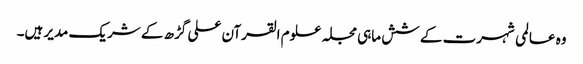
وہ عالمی شہرت کے شش ماہی مجلہ علوم القرآن علی گڑھ کے شریک مدیر ہیں۔